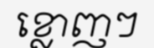
ខ្លោញៗ